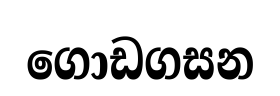
ගොඩගසන